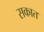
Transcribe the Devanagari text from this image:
सकात